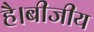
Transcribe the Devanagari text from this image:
है।बीजीय